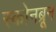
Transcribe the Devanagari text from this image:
स्कोनब्रून